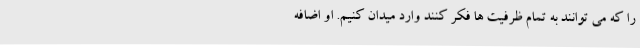
را که می توانند به تمام ظرفیت ها فکر کنند وارد میدان کنیم. او اضافه